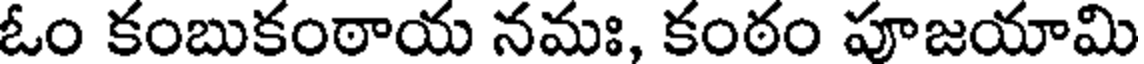
ఓం కంబుకంఠాయ నమః, కంఠం పూజయామి